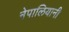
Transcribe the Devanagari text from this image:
नेपालियानी